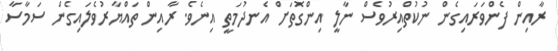
ރާއިން ފެންވަރައިގެން ނުކުތްއިރުވެސް ނާލީ އިންގޮތަށް އެނދުމަތީ އިނެވެ. ރާއިން ތައްޔާރުވެލައިގެން ސަމާސާ